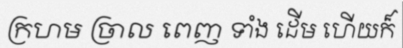
ក្រហម ច្រាល ពេញ ទាំង ដើម ហើយក៏